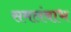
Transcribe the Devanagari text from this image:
समलंबाभ